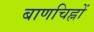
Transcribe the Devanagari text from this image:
बाणचिह्नों